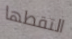
التقطها